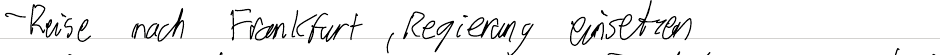
- Reise nach Frankfurt, Regierung einsetzen